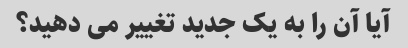
آیا آن را به یک جدید تغییر می دهید؟